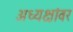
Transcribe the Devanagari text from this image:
अध्यक्षांवर